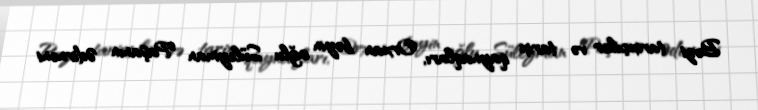
Bəzi tarixçilər və tarix qaynaqları, Orxan bəyin oğlu Süleyman Paşanın Ədirnəni